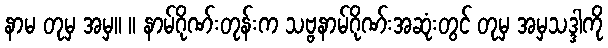
နာမ တုမှ အမှ။ ။ နာမ်ဂိုဏ်းတုန်းက သဗ္ဗနာမ်ဂိုဏ်းအဆုံးတွင် တုမှ အမှသဒ္ဒါကို